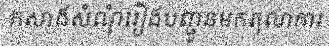
កសាងសំណុំរឿងបញ្ជូនមកតុលាការ